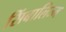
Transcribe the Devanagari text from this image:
सिंबालिज्म